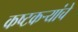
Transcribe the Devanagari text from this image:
कष्टकर्‍यांचे